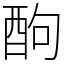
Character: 䣱